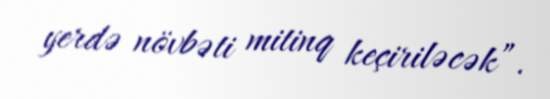
yerdə növbəti mitinq keçiriləcək”.